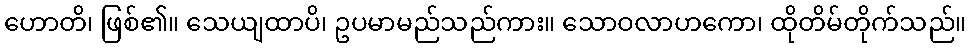
ဟောတိ၊ ဖြစ်၏။ သေယျထာပိ၊ ဥပမာမည်သည်ကား။ သောဝလာဟကော၊ ထိုတိမ်တိုက်သည်။